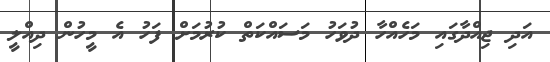
އަދި ޖިއްދާގައި މަހެއްހާ ދުވަހު މަސައްކަތް ކުރުމަށް ފަހު އެ މީހުން ދިއްލީ